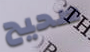
صحيح